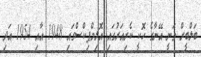
ބަލްބީރް ވަނީ އޭނާގެ ހޮކީ ކެރިއަރުގައި އޮލިމްޕިކްސްގައި 1948 އާއި 1954 އަދި